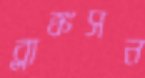
ব্লাঙ্কসন